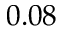
0 . 0 8